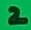
Text: 2